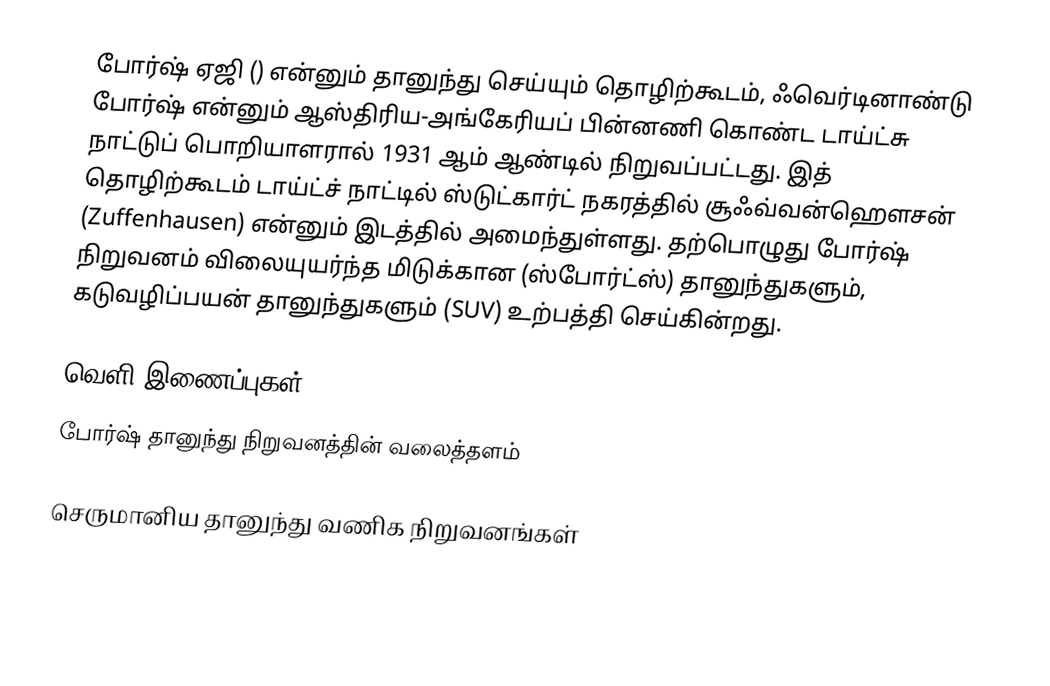
போர்ஷ் ஏஜி () என்னும் தானுந்து செய்யும் தொழிற்கூடம், ஃவெர்டினாண்டு போர்ஷ் என்னும் ஆஸ்திரிய-அங்கேரியப் பின்னணி கொண்ட டாய்ட்சு நாட்டுப் பொறியாளரால் 1931 ஆம் ஆண்டில் நிறுவப்பட்டது. இத் தொழிற்கூடம் டாய்ட்ச் நாட்டில் ஸ்டுட்கார்ட் நகரத்தில் சூஃவ்வன்ஹௌசன் (Zuffenhausen) என்னும் இடத்தில் அமைந்துள்ளது. தற்பொழுது போர்ஷ் நிறுவனம் விலையுயர்ந்த மிடுக்கான (ஸ்போர்ட்ஸ்) தானுந்துகளும், கடுவழிப்பயன் தானுந்துகளும் (SUV) உற்பத்தி செய்கின்றது.

வெளி இணைப்புகள்
 போர்ஷ் தானுந்து நிறுவனத்தின் வலைத்தளம்

செருமானிய தானுந்து வணிக நிறுவனங்கள்